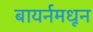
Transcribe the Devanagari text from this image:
बायर्नमधून